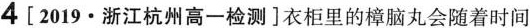
4[2019·浙江杭州高一检测]衣柜里的樟脑丸会随着时间